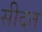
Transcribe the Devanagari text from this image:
सीदत